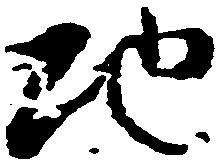
地